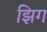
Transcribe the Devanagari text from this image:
झिग